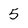
Character: 5